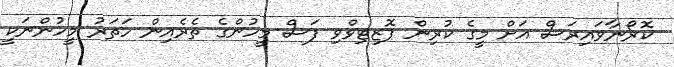
ކޮރޯނާވައިރަސް އަށް މީގެ ކުރިން ޕޮޒިޓިވްވި ފަސް މީހުންގެ ތެރެއިން ހަތަރު މީހުންނަކީ